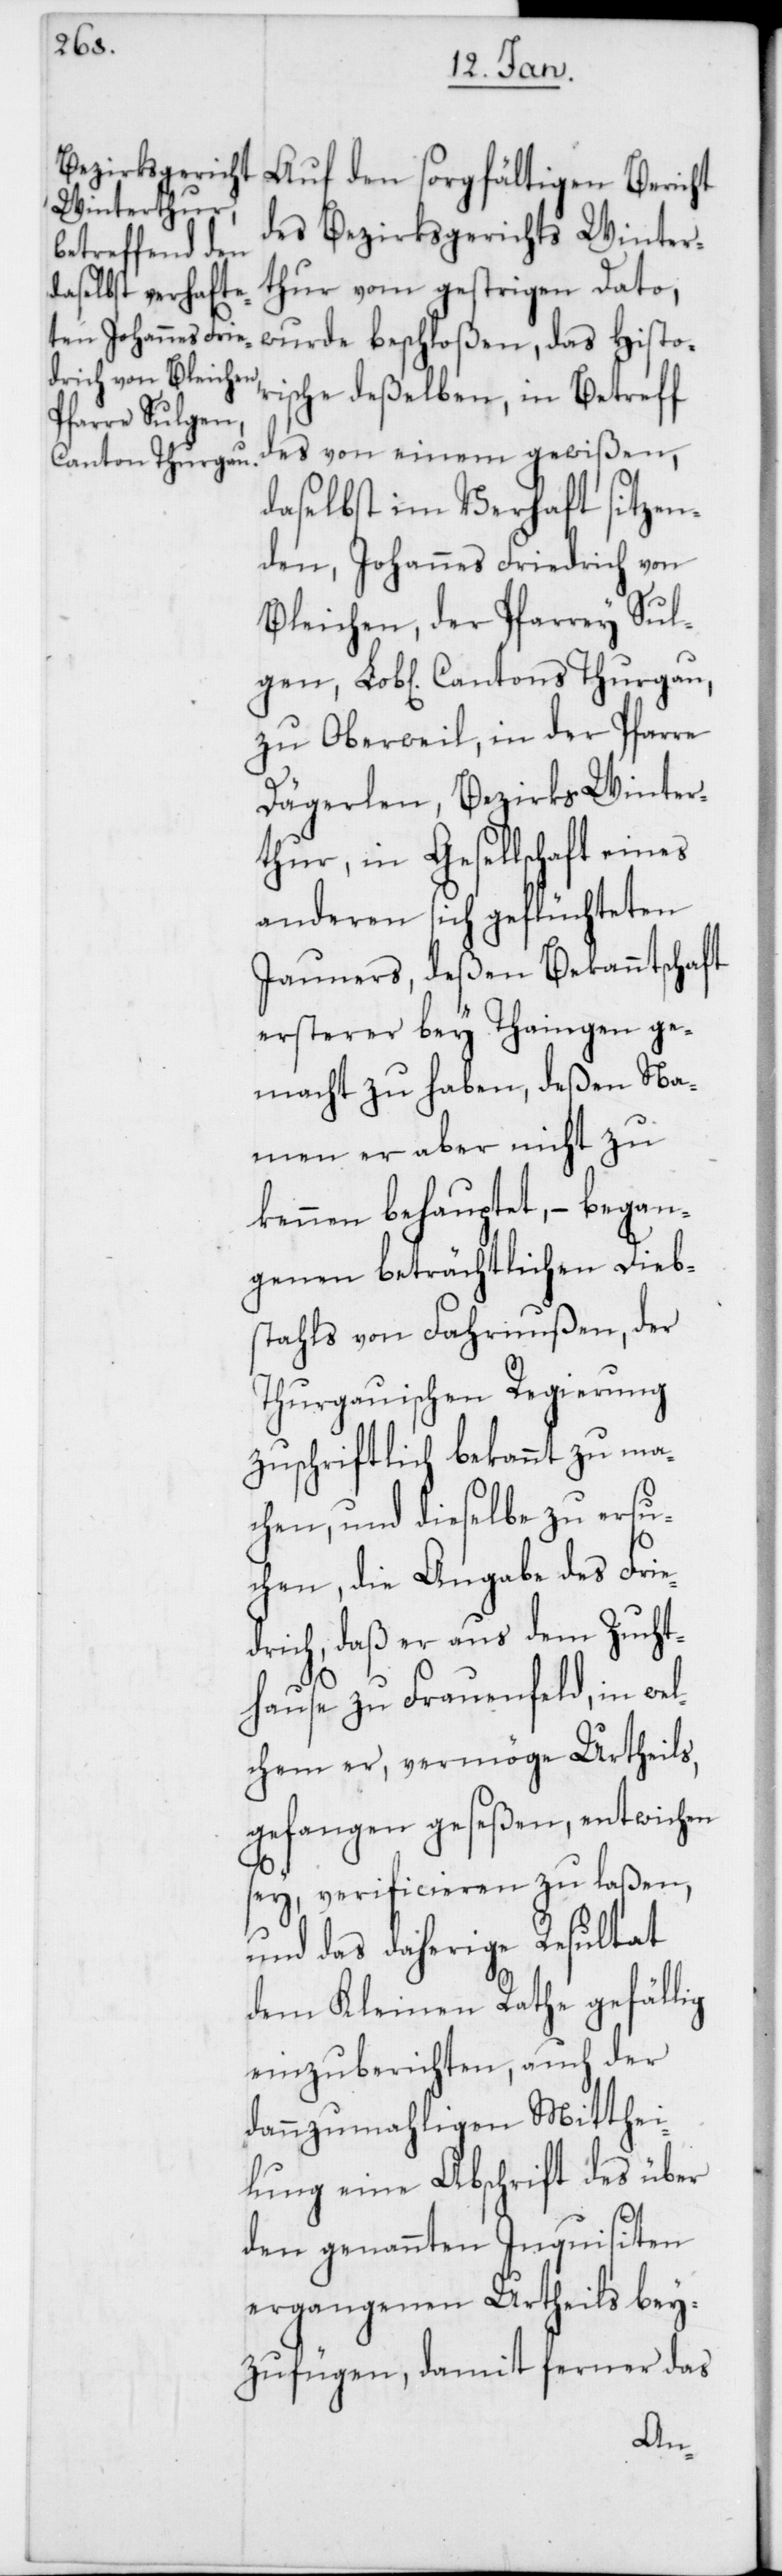
Cantons Thurgau,

Auf den sorgfältigen Bericht
des Bezirksgerichts Winter¬
thur vom gestrigen Dato,
wurde beschloßen, das Histor¬
ische deßelben, in Betreff
des von einem gewißen,
daselbst im Verhaft sitzen¬
den, Johannes Friedrich von
Bleichen, der Pfarrey Sul¬
zu Oberweil, in der Pfarre
Dägerlen, Bezirks Winter¬
thur, in Gesellschaft eines
anderen sich geflüchteten
Jauners, deßen Bekanntschaft
ersterer bey Thaingen ge¬
macht zu haben, deßen Na¬
men er aber nicht zu
kennen behauptet, – began¬
genen beträchtlichen Dieb¬
stahls von Fahrnußen, der
Thurgauischen Regierung
zuschriftlich bekannt zu ma¬
chen, und dieselbe zu ersu¬
chen, die Angabe des Frie¬
drich, daß er aus dem Zucht¬
hause zu Frauenfeld, in wel¬
chem er, vermöge Urtheils,
gefangen geseßen, entwichen
sey, verificieren zu laßen,
und das daherige Resultat
dem Kleinen Rathe gefällig
einzuberichten, auch der
dannzumahligen Mitthei¬
lung eine Abschrift des über
den genannten Inquisiten
ergangenen Urtheils bey¬
zufügen, damit ferner das
gen